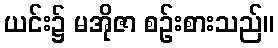
ယင်း၌ မအိုဇာ စဉ်းစားသည်။